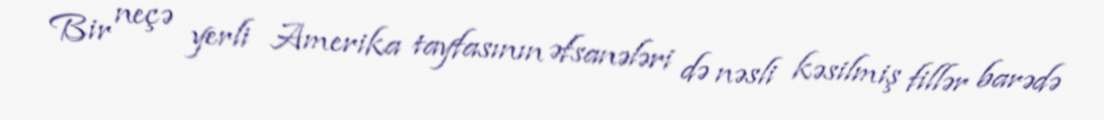
Bir neçə yerli Amerika tayfasının əfsanələri də nəsli kəsilmiş fillər barədə